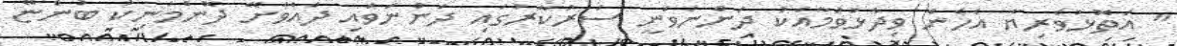
" އަތޮޅުވެރިޔާ އެހެން ވިދާޅުވުމާއެކު ދަންނަވަނީ ސަރުކާރުގައި ދަންނަވައި ދެއްވާށޭ ދޮންމަނިކު ބުންޏޭ